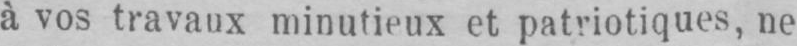
à vos travaux minutieux et patriotiques, ne